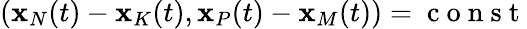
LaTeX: ({\mathbf x}_{N}(t)-{\mathbf x}_{K}(t),{\mathbf x}_{P}(t)-{\mathbf x}_{M}(t))=\mathrm{~c~o~n~s~t~}